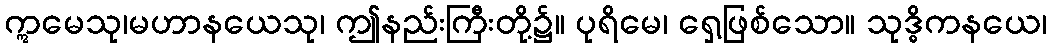
ဣမေသု၊မဟာနယေသု၊ ဤနည်းကြီးတို့၌။ ပုရိမေ၊ ရှေ့ဖြစ်သော။ သုဒ္ဓိကနယေ၊